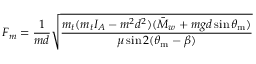
F _ { m } = \frac { 1 } { m d } \sqrt { \frac { m _ { t } ( m _ { t } I _ { A } - m ^ { 2 } d ^ { 2 } ) ( \bar { M } _ { w } + m g d \sin \theta _ { \mathrm { m } } ) } { \mu \sin 2 ( \theta _ { \mathrm { m } } - \beta ) } }